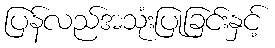
ပြန်လည်အသုံးပြုခြင်းနှင့်